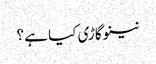
نینو گاڑی کیا ہے ؟